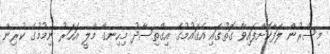
މިސްރުން ލަފާކޮށްފައިވާ ގޮތުގައި އެގައުމުގެ އިގްތިސާދު މިހިނގާ މާލީ އަހަރު ނިމުމުގެ ކުރިން